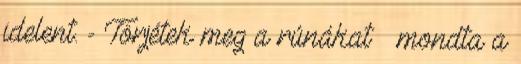
idelent. - Törjétek meg a rúnákat – mondta a